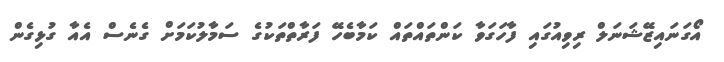
އޯގަނައިޒޭޝަނަލް ރިވިއުގައި ފާހަގަވާ ކަންތައްތައް ކަމާބެހޭ ފަރާތްތަކުގެ ސަމާލުކަމަށް ގެނެސް އެއާ ގުޅިގެން